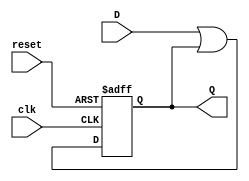
module feedback_register (
    input wire clk,       // Clock signal
    input wire reset,     // Reset signal
    input wire D,         // Data input
    output reg Q          // Output of the register (current state)
);

    // Combinational logic to determine the next state
    wire next_state;
    assign next_state = D | Q; // Example combinational logic (can be modified as needed)
    
    // Sequential logic for the D flip-flop with reset
    always @(posedge clk or posedge reset) begin
        if (reset) begin
            Q <= 1'b0; // Set to zero on reset
        end else begin
            Q <= next_state; // Capture the next state on clock edge
        end
    end

endmodule